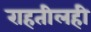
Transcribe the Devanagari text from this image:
राहतीलही